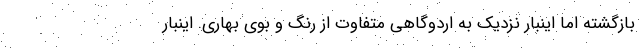
بازگشته اما اینبار نزدیک به اردوگاهی متفاوت از رنگ و بوی بهاری. اینبار